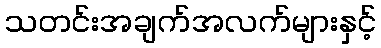
သတင်းအချက်အလက်များနှင့်